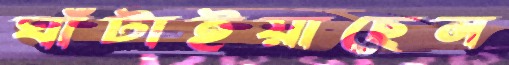
ঘাঁটাইয়াছেন